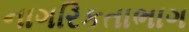
નાગરિકતાભાગ